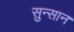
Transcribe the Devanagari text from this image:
सुन्सान